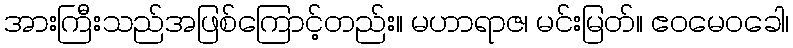
အားကြီးသည်အဖြစ်ကြောင့်တည်း။ မဟာရာဇ၊ မင်းမြတ်။ ဧဝမေဝခေါ၊